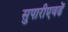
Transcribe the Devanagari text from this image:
सुपारीएवढें